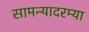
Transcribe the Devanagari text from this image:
सामन्यादरम्या